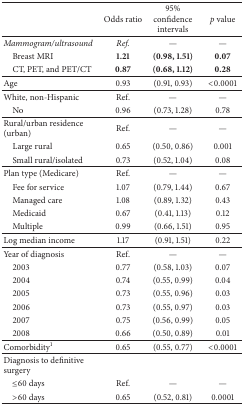
|  | Odds ratio | 95% confidence intervals | p value |
 | --- | --- | --- | --- |
 | Mammogram/ultrasound | Ref. | — | — |
 | Breast MRI | 1.21 | (0.98, 1.51) | 0.07 |
 | CT, PET, and PET/CT | 0.87 | (0.68, 1.12) | 0.28 |
 | Age | 0.93 | (0.91, 0.93) | <0.0001 |
 | White, non-Hispanic | Ref. | — | — |
 | No | 0.96 | (0.73, 1.28) | 0.78 |
 | Rural/urban residence (urban) | Ref. | — | — |
 | Large rural | 0.65 | (0.50, 0.86) | 0.001 |
 | Small rural/isolated | 0.73 | (0.52, 1.04) | 0.08 |
 | Plan type (Medicare) | Ref. | — | — |
 | Fee for service | 1.07 | (0.79, 1.44) | 0.67 |
 | Managed care | 1.08 | (0.89, 1.32) | 0.43 |
 | Medicaid | 0.67 | (0.41, 1.13) | 0.12 |
 | Multiple | 0.99 | (0.66, 1.51) | 0.95 |
 | Log median income | 1.17 | (0.91, 1.51) | 0.22 |
 | Year of diagnosis | Ref. | — | — |
 | 2003 | 0.77 | (0.58, 1.03) | 0.07 |
 | 2004 | 0.74 | (0.55, 0.99) | 0.04 |
 | 2005 | 0.73 | (0.55, 0.96) | 0.03 |
 | 2006 | 0.73 | (0.55, 0.97) | 0.03 |
 | 2007 | 0.75 | (0.56, 0.99) | 0.05 |
 | 2008 | 0.66 | (0.50, 0.89) | 0.01 |
 | Comorbidity1 | 0.65 | (0.55, 0.77) | <0.0001 |
 | Diagnosis to definitive surgery |  |  |  |
 | ≤60 days | Ref. | — | — |
 | >60 days | 0.65 | (0.52, 0.81) | 0.0001 |